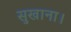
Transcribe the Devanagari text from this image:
सुखाना।